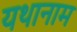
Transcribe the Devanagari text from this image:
यथानाम